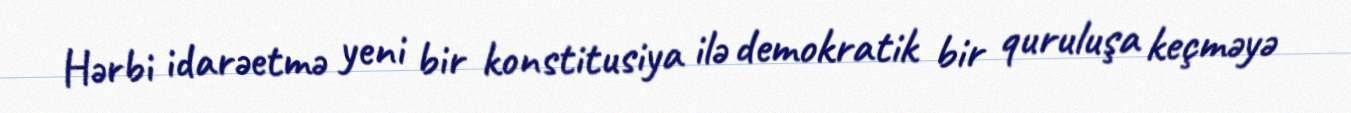
Hərbi idarəetmə yeni bir konstitusiya ilə demokratik bir quruluşa keçməyə